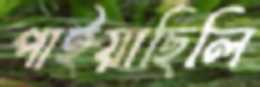
পাইয়াছিলি